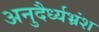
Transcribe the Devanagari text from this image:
अनुदैर्ध्यभ्रंश